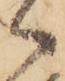
御